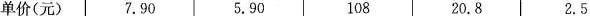
单价(元) 7.90 5.90 108 20.8 2.5